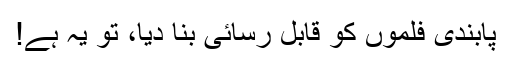
پابندی فلموں کو قابل رسائی بنا دیا، تو یہ ہے!